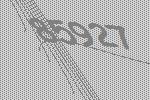
85927